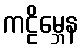
ကဠိမ္ဘေန